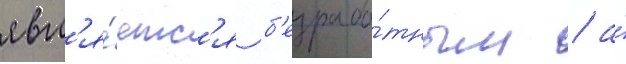
явл'я́етс'я б'езрабо́тным / а́